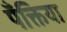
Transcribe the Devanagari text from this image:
पँक्तिया